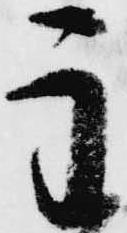
主